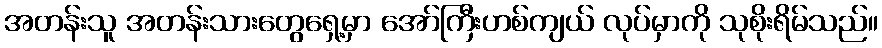
အတန်းသူ အတန်းသားတွေရှေ့မှာ အော်ကြီးဟစ်ကျယ် လုပ်မှာကို သုစိုးရိမ်သည်။